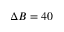
\Delta B = 4 0